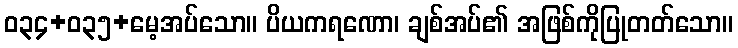
ဝ၃၄+၀၃၅+မေ့အပ်သော။ ပိယကရဏော၊ ချစ်အပ်၏ အဖြစ်ကိုပြုတတ်သော။